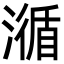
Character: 㵌